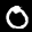
Label: 0